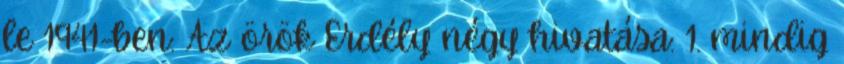
le 1941-ben: Az örök Erdély négy hivatása: 1. mindig